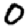
Digit: 0